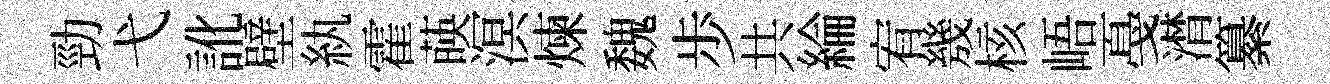
勁弋訛壁紈霍𦴤溟煉魏歩共綸宥㡬核峿戞潸纂